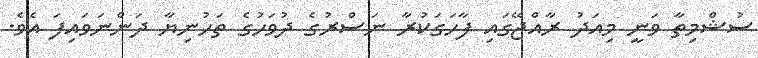
ސުޝްމިތާ ވަނީ މިއަދު ރާއްޖޭގައި ފާހަގަކުރާ ނަސްރުގެ ދުވަހުގެ ތަހުނިޔާ ދަންނަވައިފަ އެވެ.